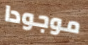
موجودا